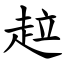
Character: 趇